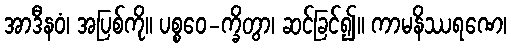
အာဒီနဝံ၊ အပြစ်ကို။ ပစ္စဝေ-က္ခိတွာ၊ ဆင်ခြင်၍။ ကာမနိဿရဏေ၊